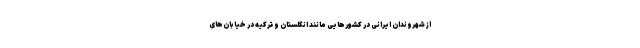
از شهروندان ایرانی در کشورهایی مانند انگلستان و ترکیه در خیابان‌های